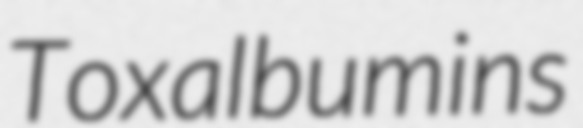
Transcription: Toxalbumins